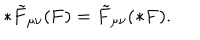
* \tilde { F } _ { \mu \nu } ( { \bf F } ) = \tilde { F } _ { \mu \nu } ( { \bf * F } ) .